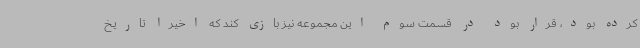
کرده بود، قرار بود در قسمت سوم این مجموعه نیز بازی کند که اخیرا تاریخ